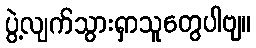
ပွဲ့လျက်သွားရှာသူတွေပါဗျ။